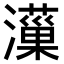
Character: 𤂋